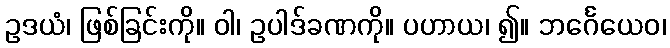
ဥဒယံ၊ ဖြစ်ခြင်းကို။ ဝါ၊ ဥပါဒ်ခဏကို။ ပဟာယ၊ ၍။ ဘင်္ဂေယေဝ၊